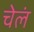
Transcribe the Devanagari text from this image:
चेलं